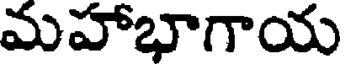
మహాభాగాయ